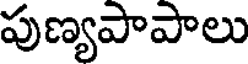
పుణ్యపాపాలు